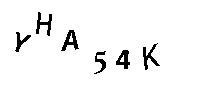
YHA54K